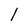
Character: l